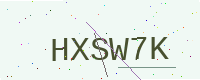
Text: HXSW7K